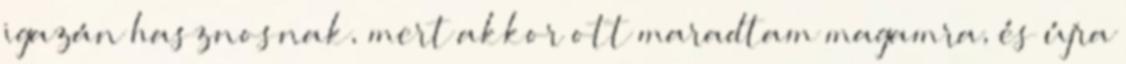
igazán hasznosnak, mert akkor ott maradtam magamra, és újra